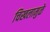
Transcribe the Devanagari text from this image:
चिखलामुळे